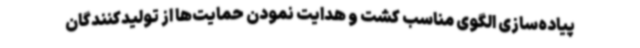
پیاده‌سازی الگوی مناسب کشت و هدایت نمودن حمایت‌ها از تولیدکنندگان